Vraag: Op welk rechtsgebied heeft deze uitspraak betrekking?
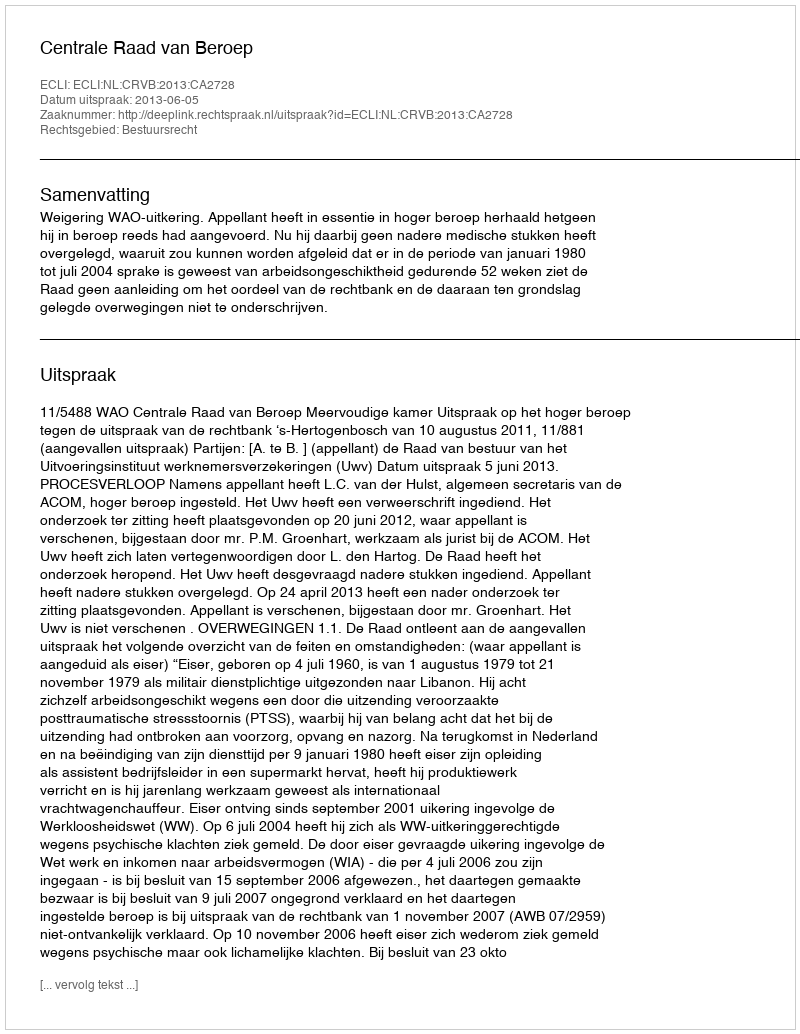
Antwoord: Bestuursrecht